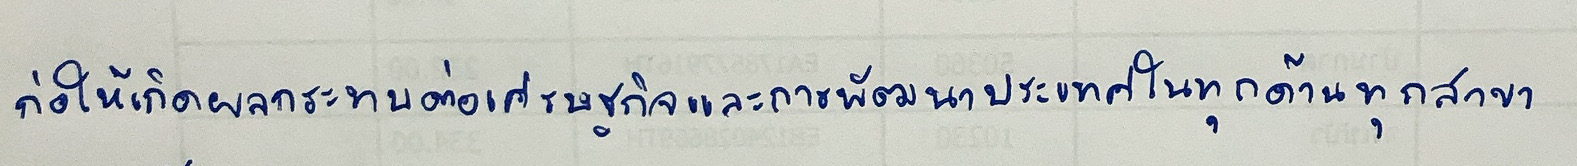
ก่อให้เกิดผลกระทบต่อเศรษฐกิจและการพัฒนาประเทศในทุกด้านทุกสาขา